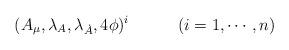
LaTeX: \begin{align*}(A_\mu,\lambda_A,\lambda_{\dot A}, 4 \phi)^i \qquad \quad (i=1,\cdots,n)\end{align*}